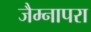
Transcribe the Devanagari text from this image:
जैम्नापरा